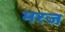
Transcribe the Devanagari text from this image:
मरज